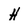
Character: H